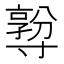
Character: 𡭅